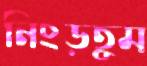
নিংড়তুম